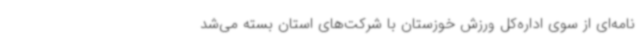
‌نامه‌ای از سوی اداره‌کل ورزش خوزستان با شرکت‌های استان بسته می‌شد